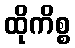
ထိုကိစ္စ